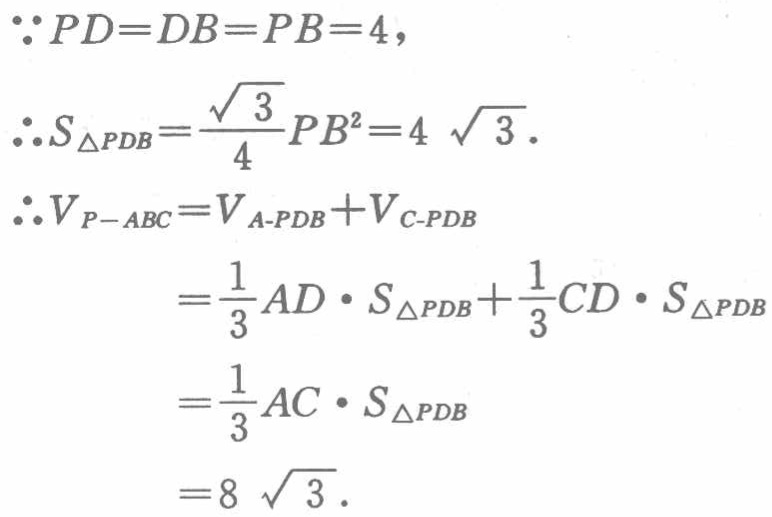
\(\because PD = DB = PB = 4,\)
\(\therefore S_{\triangle PDB}=\frac{\sqrt{3}}{4}PB^{2}=4\sqrt{3}.\)
\(\therefore V_{P - ABC}=V_{A - PDB}+V_{C - PDB}\)
\(=\frac{1}{3}AD\cdot S_{\triangle PDB}+\frac{1}{3}CD\cdot S_{\triangle PDB}\)
\(=\frac{1}{3}AC\cdot S_{\triangle PDB}\)
\(=8\sqrt{3}.\)